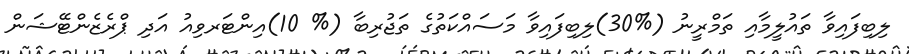
ލިބިފައިވާ ތައުލީމާއި ތަމްރީނު (%30)ލިބިފައިވާ މަސައްކަތުގެ ތަޖުރިބާ (% 10)އިންޓަރވިއު އަދި ޕްރެޒެންޓޭޝަން